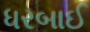
ધરબાઈ